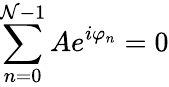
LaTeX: \sum_{n=0}^{\mathcal{N}-1}Ae^{i\varphi_{n}}=0